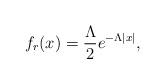
LaTeX: \begin{align*}f_r(x) = \frac{\Lambda}{2}e^{-\Lambda\vert x \vert},\end{align*}